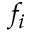
f _ { i }